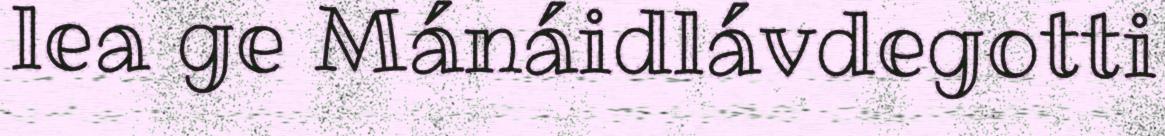
lea ge Mánáidlávdegotti